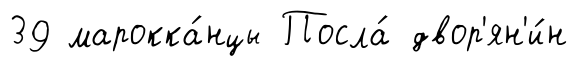
39 марокка́нцы Посла́ двор'ян'и́н